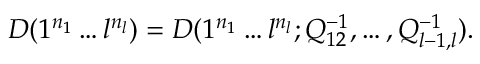
D ( 1 ^ { n _ { 1 } } \ldots l ^ { n _ { l } } ) = D ( 1 ^ { n _ { 1 } } \ldots l ^ { n _ { l } } ; Q _ { 1 2 } ^ { - 1 } , \ldots , Q _ { l - 1 , l } ^ { - 1 } ) .